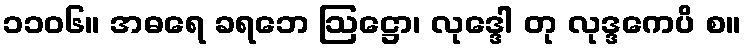
၁၁၀၆။ အဓရေ ခရဘေ ဩဋ္ဌော၊ လုဒ္ဒေါ တု လုဒ္ဒကေပိ စ။